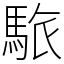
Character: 䮉